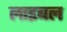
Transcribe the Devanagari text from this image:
लाइबल